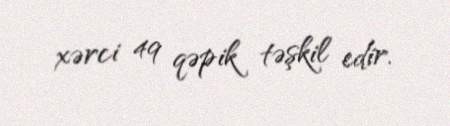
xərci 49 qəpik təşkil edir.